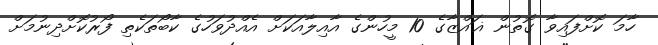
ހާމަ ކޮށްފައިވާ ގޮތުން ޣައްޒާގެ 10 މީހުންގެ އާއިލާއަކަށް އެއްދުވަހުގެ ކާބޯތަކެތި ފޯރުކޮށްދިނުމަށް